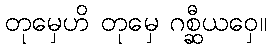
တုမှေဟိ တုမှေ ဂစ္ဆီယဝှေ။